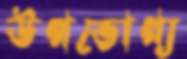
উপভোগ্য